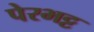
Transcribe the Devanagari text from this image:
पेरभट्ट